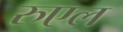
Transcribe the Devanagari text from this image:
रुएल